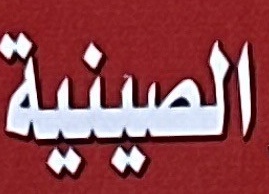
الصينية